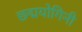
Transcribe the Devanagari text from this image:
छद्मयोगिनी